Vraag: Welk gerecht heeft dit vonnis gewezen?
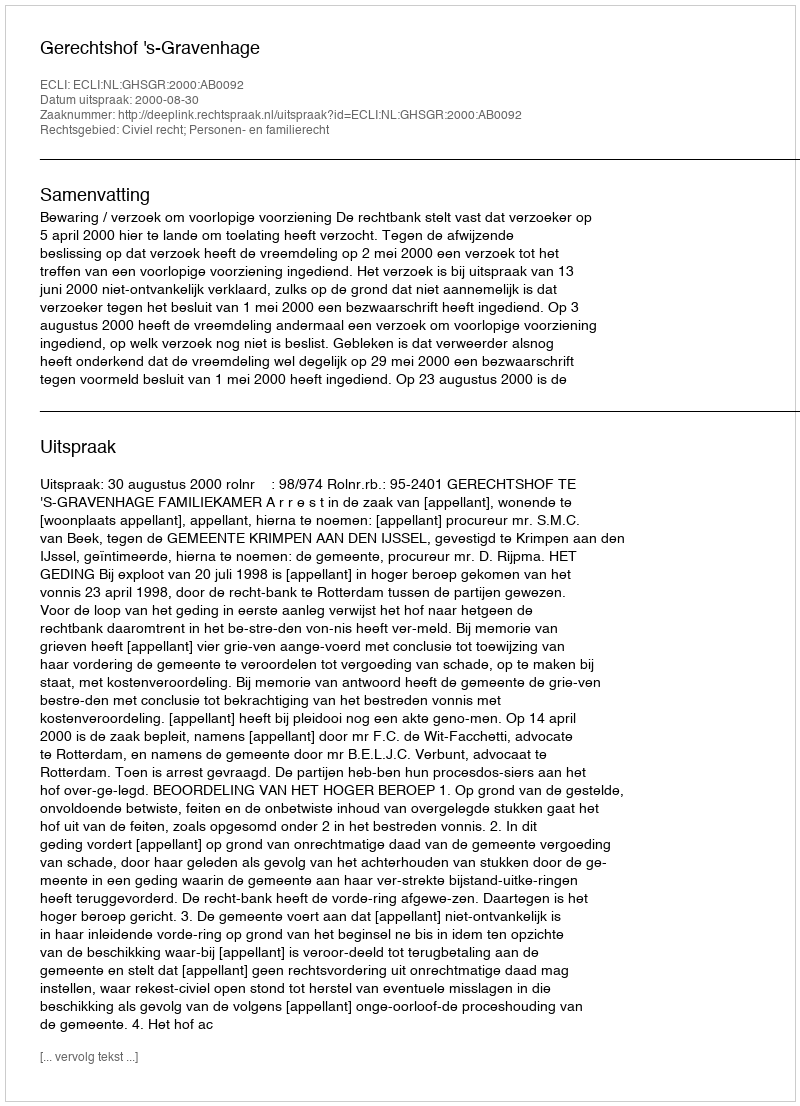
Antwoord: Gerechtshof 's-Gravenhage